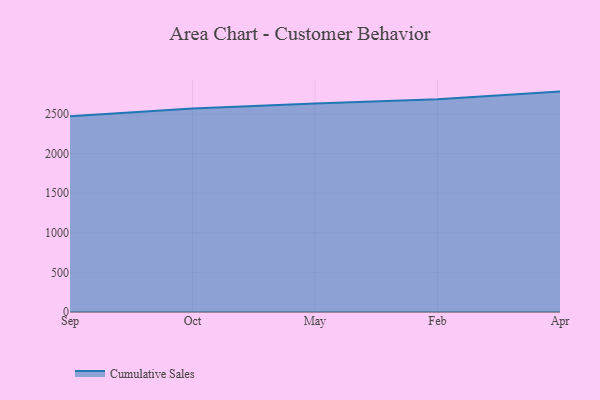
{"axis": {"x": "Month", "y": "Operating Costs (USD K)"}, "legend": ["Cumulative Sales"], "data": [{"x": "Sep", "y": 2469.7, "type": "Cumulative Sales"}, {"x": "Oct", "y": 2569.1, "type": "Cumulative Sales"}, {"x": "May", "y": 2633.5, "type": "Cumulative Sales"}, {"x": "Feb", "y": 2687.2, "type": "Cumulative Sales"}, {"x": "Apr", "y": 2782.3, "type": "Cumulative Sales"}]}